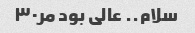
سلام.. عالی بود مر۳۰